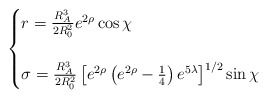
\begin{align*}\begin{cases} r=\frac{R_A^3}{2R_0^2}e^{2\rho}\cos \chi \\ \\ \sigma=\frac{R_A^3}{2R_0^2}\left[e^{2\rho}\left(e^{2\rho}-\frac{1}{4}\right) e^{5\lambda}\right]^{1/2}\sin \chi\end{cases}\end{align*}